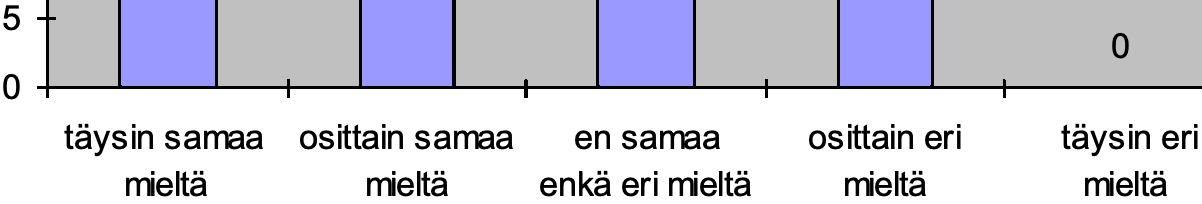
5 0 0 täysin samaa osittain samaa en samaa osittain eri täysin eri mieltä  mieltä enkä eri mieltä mieltä mieltä